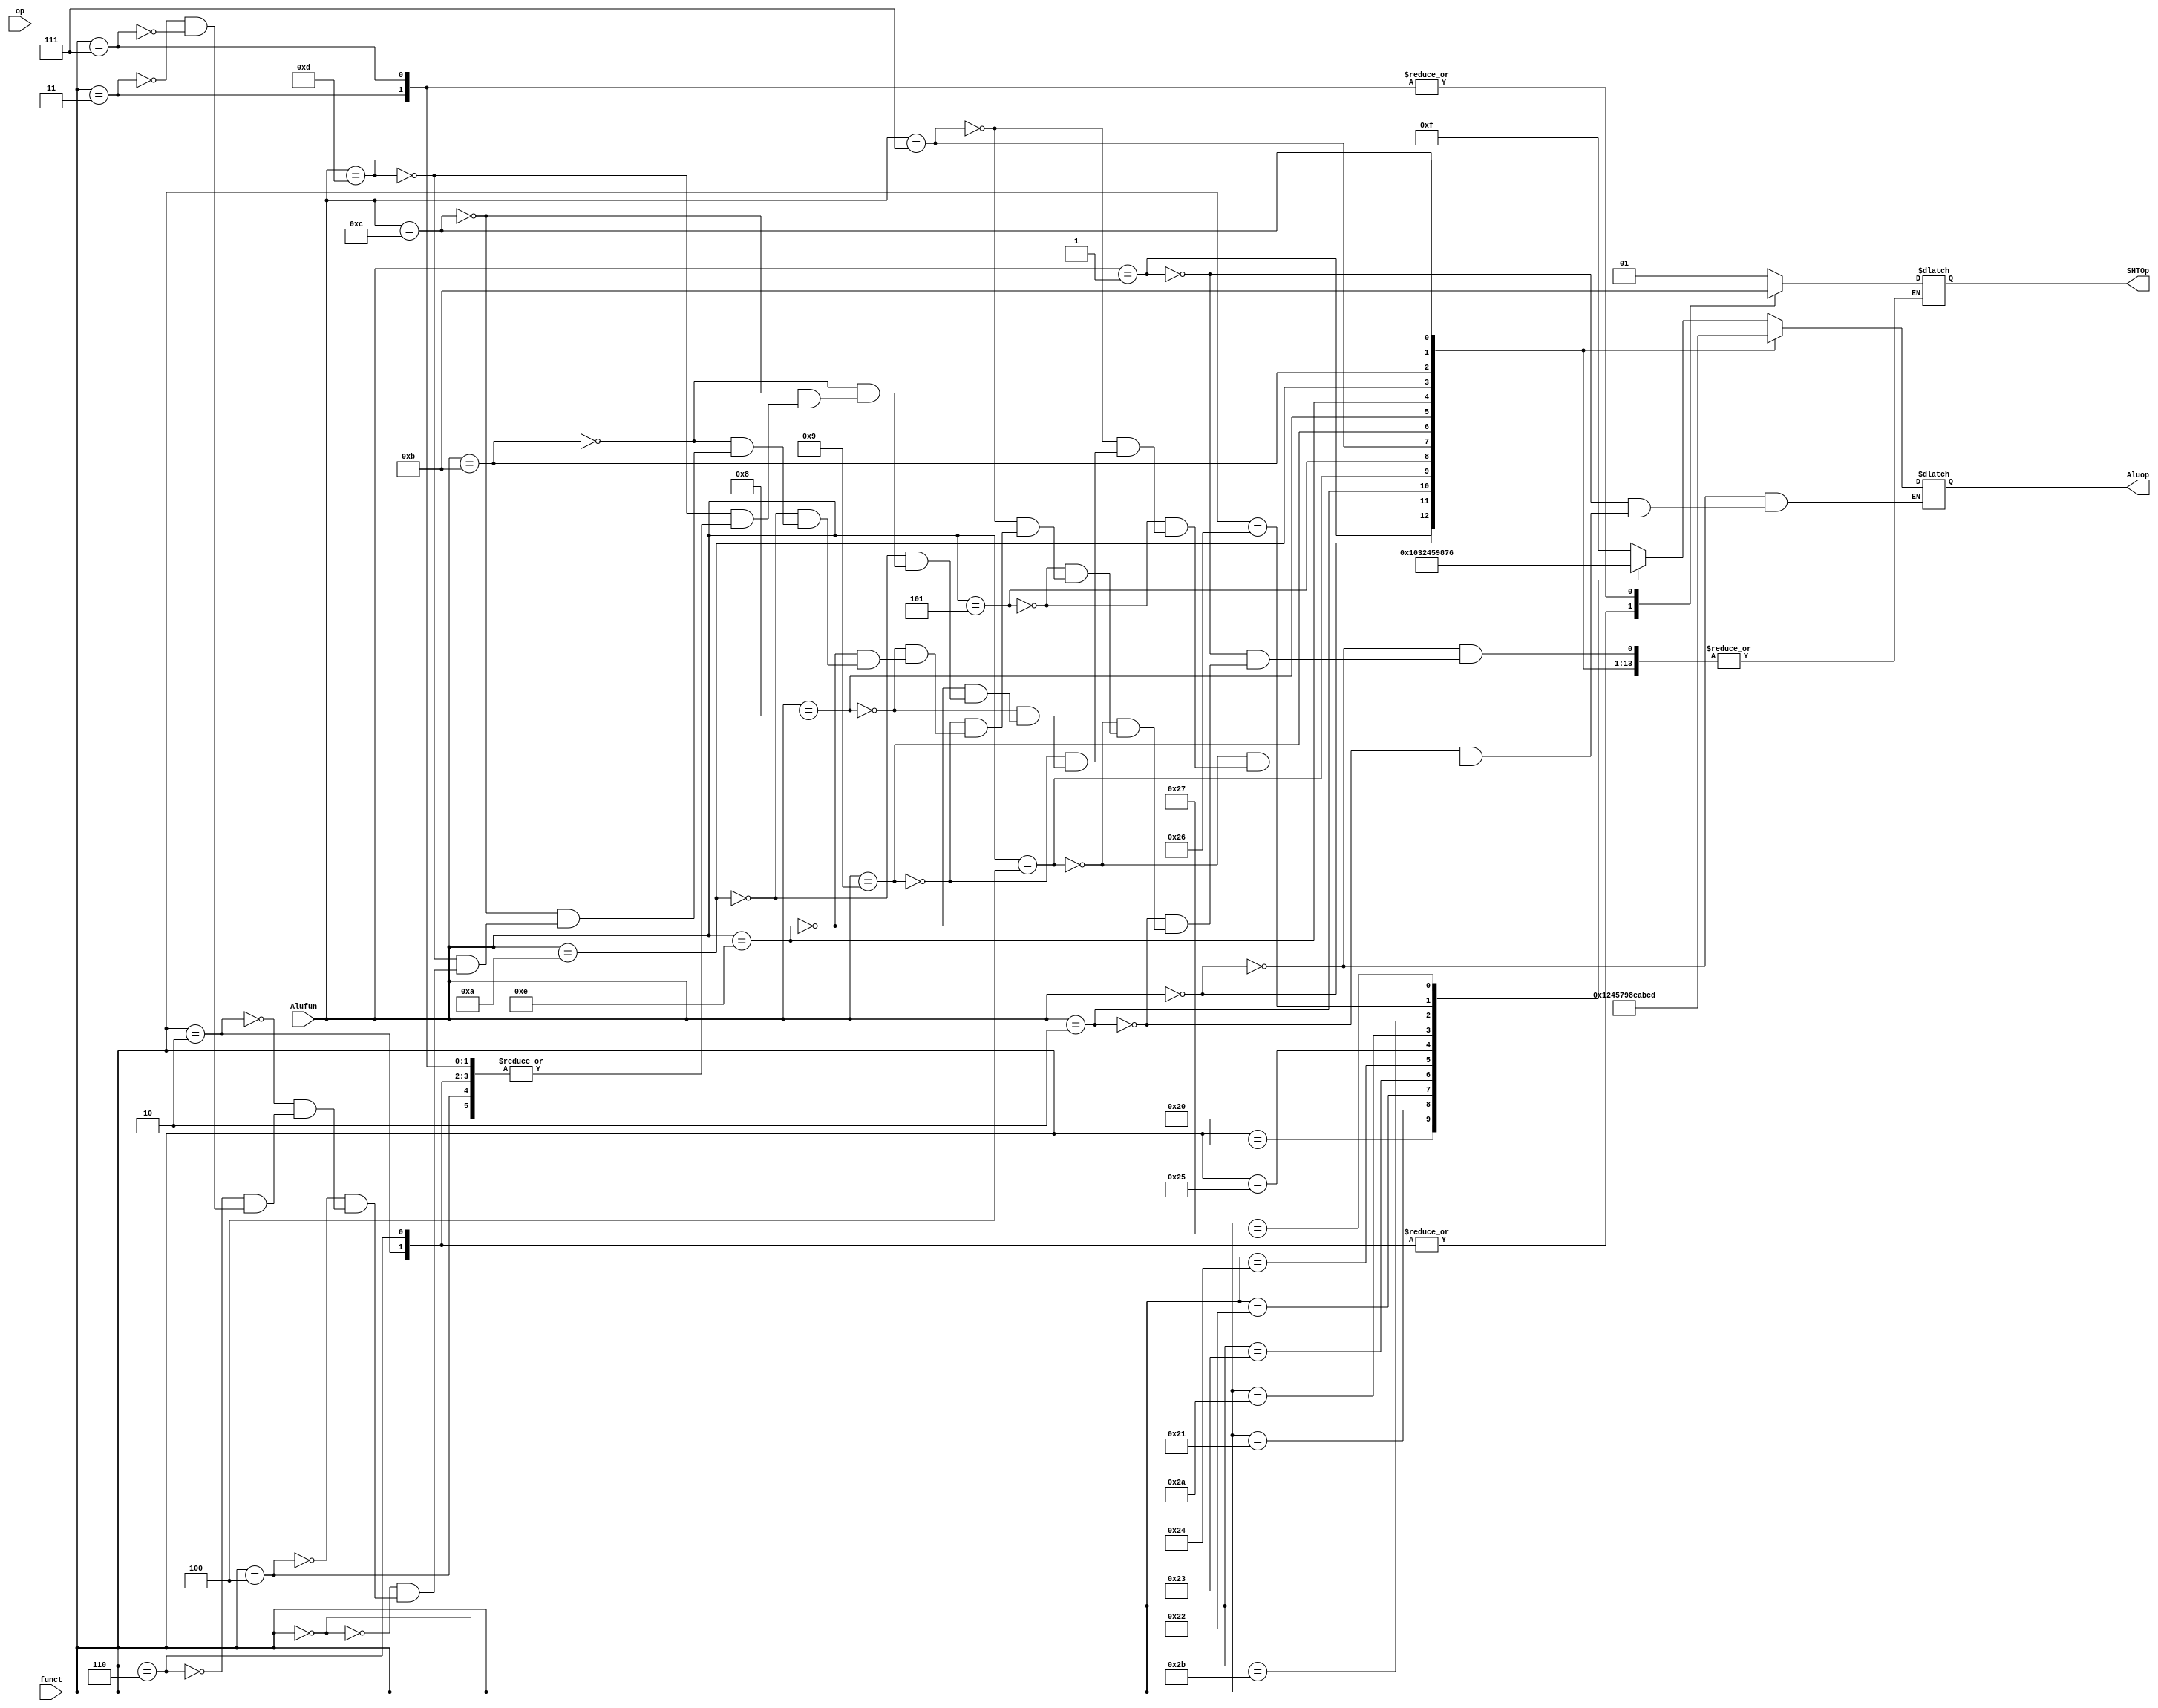
module Aludec(input [5:0] op,funct,input [3:0] Alufun,output [3:0] Aluop,
              output reg [1:0] SHTOp);//mulctrl
              
reg [4:0] controls;
assign Aluop=controls;
             
always@(*)
case (Alufun)
  4'b0000:controls<=4'b0000;//addu
  4'b0001:controls<=4'b0001;//add
  4'b0010:controls<=4'b0010;//sub
  4'b0100:controls<=4'b0100;//andi
  4'b0101:controls<=4'b0101;//ori
  4'b0111:controls<=4'b0111;//xori
  4'b1001:controls<=4'b1001;//slti
  4'b1000:controls<=4'b1000;//sltiu
  4'b1110:controls<=4'b1110;//lui
  4'b1010:controls<=4'b1010;
  4'b1011:controls<=4'b1011;
  4'b1100:controls<=4'b1100;
  4'b1101:controls<=4'b1101;
  
  /*4'b0010:controls<=4'b1000;//slti
  4'b0011:controls<=4'b0011;//lui
  4'b0100:controls<=4'b1000;//ori
  4'b0101:controls<=4'b1001;//andi*/
  default: case (funct)
    6'b100000:controls<=4'b0001;//add
    6'b100001:controls<=4'b0000;//addu
    6'b100010:controls<=4'b0011;//sub
    6'b100011:controls<=4'b0010;//subu
    6'b100100:controls<=4'b0100;//and
    6'b100101:controls<=4'b0101;//or
    6'b101010:controls<=4'b1001;//slt
    6'b101011:controls<=4'b1000;//sltu
    6'b100110:controls<=4'b0111;//xor
    6'b100111:controls<=4'b0110;//nor
    6'b000000:SHTOp<=2'b01;
    6'b000100:SHTOp<=2'b01; //sll/sllv
    6'b000010:SHTOp<=2'b10;
    6'b000110:SHTOp<=2'b10;//srl/srlv
    6'b000011:SHTOp<=2'b11;
    6'b000111:SHTOp<=2'b11;//sra/srav
    

    default controls<=4'b1111;
  endcase
endcase
      
endmodule
//alucontrol code used